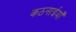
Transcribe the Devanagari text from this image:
कठनाईयाँ